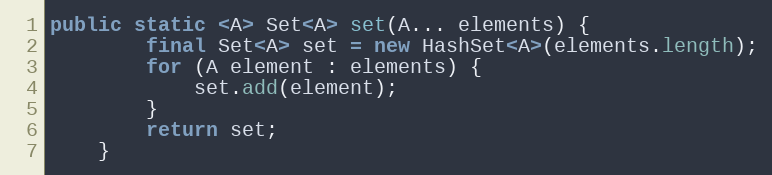
Language: Java
public static <A> Set<A> set(A... elements) {
        final Set<A> set = new HashSet<A>(elements.length);
        for (A element : elements) {
            set.add(element);
        }
        return set;
    }